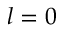
l = 0